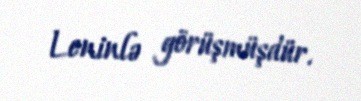
Leninlə görüşmüşdür.